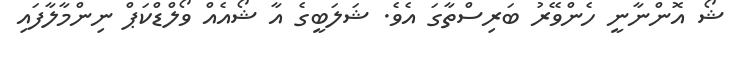
ޝޯ އޮންނާނީ ހެންވޭރު ބަރިސްތާގަ އެވެ. ޝަލަބީގެ އާ ޝޯއެއް ވޯލްޑްކަޕް ނިންމާލާފައި